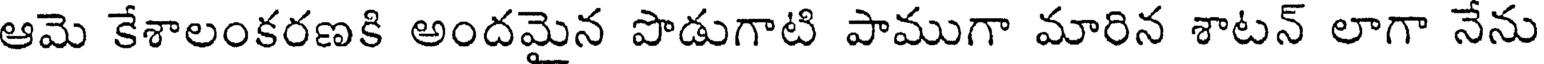
ఆమె కేశాలంకరణకి అందమైన పొడుగాటి పాముగా మారిన శాటన్ లాగా నేను